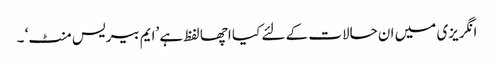
انگریزی میں ان حالات کے لئے کیا اچھا لفظ ہے ’ایم بیریس منٹ‘ ۔